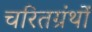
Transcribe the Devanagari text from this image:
चरितग्रंथों